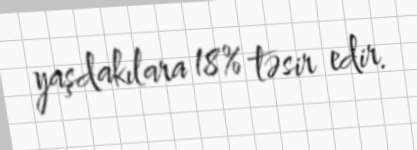
yaşdakılara 18% təsir edir.